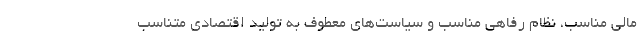
مالی مناسب، نظام رفاهی مناسب و سیاست‌های معطوف به تولید اقتصادی متناسب